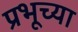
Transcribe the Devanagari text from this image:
प्रभूच्या